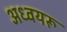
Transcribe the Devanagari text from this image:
अध्वयरू